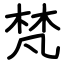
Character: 梵